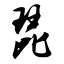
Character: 琵